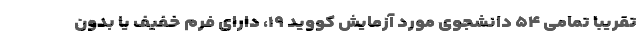
تقریبا تمامی ۵۴ دانشجوی مورد آزمایش کووید ۱۹، دارای فرم خفیف یا بدون